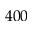
4 0 0